Civil Veterinary Department Bengal reports 1923-33 - 1923-1933
Year: 1923
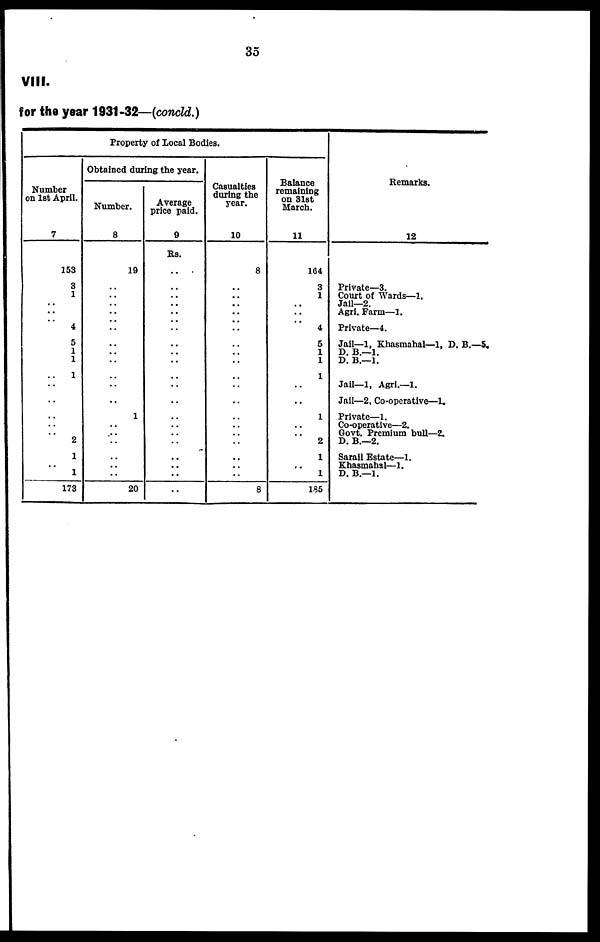
35
VIII.
for the year 1931-32—(concld.)
Property of Local Bodies.
Number
on 1st April.
7
153
3
1
..
..
..
4
5
1
1
.. 1
..
..
..
..
..
2
1
..
1
173
Obtained during the year.
Number.
8
19
..
..
..
..
..
..
..
..
..
..
..
1
..
..
..
..
..
..
20
Average
price paid.
9
Rs.
..
..
..
..
..
..
..
..
..
..
..
..
..
..
..
..
..
..
..
..
Casualties
during the
year.
10
8
..
..
..
..
..
..
..
..
..
..
..
..
..
..
..
..
..
..
8
Balance
remaining
on 31st
March.
11
164
3
1
..
..
4
5
1
1
1
..
..
1
..
..
2
1
..
1
185
Remarks.
12
Private—3.
Court of Wards—1.
Jail—2.
Agri. Farm—1.
Private—4.
Jail—1, Khasmahal—1, D. B.—5.
D. B.—1.
D. B.—1.
Jail—1, Agri.—1.
Jail—2, Co-operative—1.
Private—1.
Co-operative—2.
Govt. Premium bull—2.
D. B.—2.
Sarail Estate—1.
Khasmahal—1.
D. B.—1.